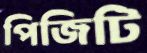
পিজিটি